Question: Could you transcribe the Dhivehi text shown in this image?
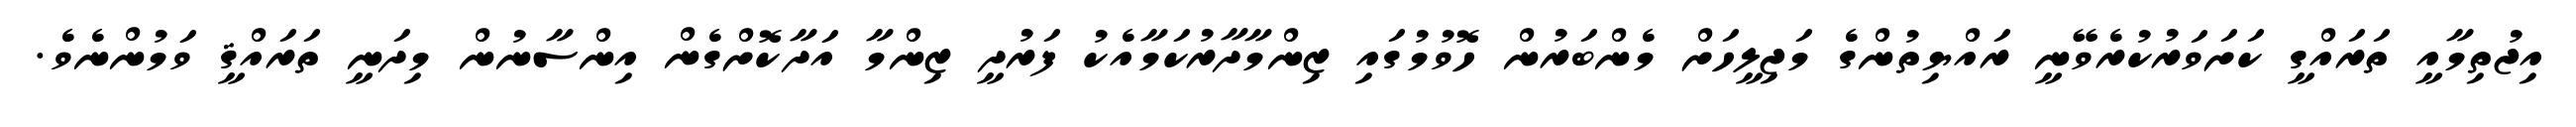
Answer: އިޖުތިމާއީ ތަރައްގީ ކަށަވަރުކުރެވޭނީ ރައްޔިތުންގެ މަޖިލީހަށް މެންބަރުން ހޮވުމުގައި ޒިންމާދާރުކަމާއެކު ފަރުދީ ޒިންމާ އަދާކޮށްގެން އިންސާނުން މިދަނީ ތަރައްޤީ ވަމުންނެވެ.